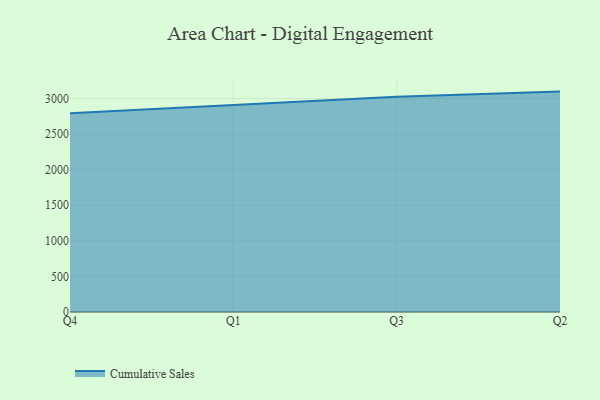
{"axis": {"x": "Quarter", "y": "Budget (USD K)"}, "legend": ["Cumulative Sales"], "data": [{"x": "Q4", "y": 2791.4, "type": "Cumulative Sales"}, {"x": "Q1", "y": 2909.7, "type": "Cumulative Sales"}, {"x": "Q3", "y": 3025.8, "type": "Cumulative Sales"}, {"x": "Q2", "y": 3097.1, "type": "Cumulative Sales"}]}